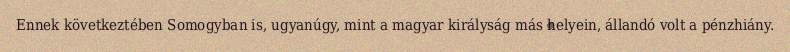
Ennek következtében Somogyban is, ugyanúgy, mint a magyar királyság más helyein, állandó volt a pénzhiány.